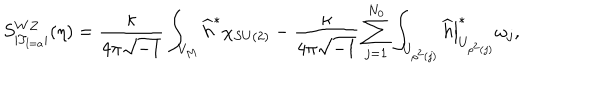
LaTeX: S _ { | T _ { l = a } | } ^ { W Z } ( \eta ) = \frac { \kappa } { 4 \pi \sqrt { - 1 } } \int _ { V _ { M } } \widehat { h } ^ { \ast } \chi _ { S U ( 2 ) } - \frac { \kappa } { 4 \pi \sqrt { - 1 } } \sum _ { j = 1 } ^ { N _ { 0 } } \int _ { U _ { \rho ^ { 2 } ( j ) } } \left. \widehat { h } \right| _ { U _ { \rho ^ { 2 } ( j ) } } ^ { \ast } \omega _ { j } ,